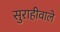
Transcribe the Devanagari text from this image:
सुराहीवाले